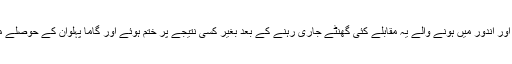
لاہور، جوناگڑھ اور اندور میں ہونے والے یہ مقابلے کئی گھنٹے جاری رہنے کے بعد بغیر کسی نتیجے پر ختم ہوئے اور گاما پہلوان کے حوصلے مزید بلند ہوگئے۔